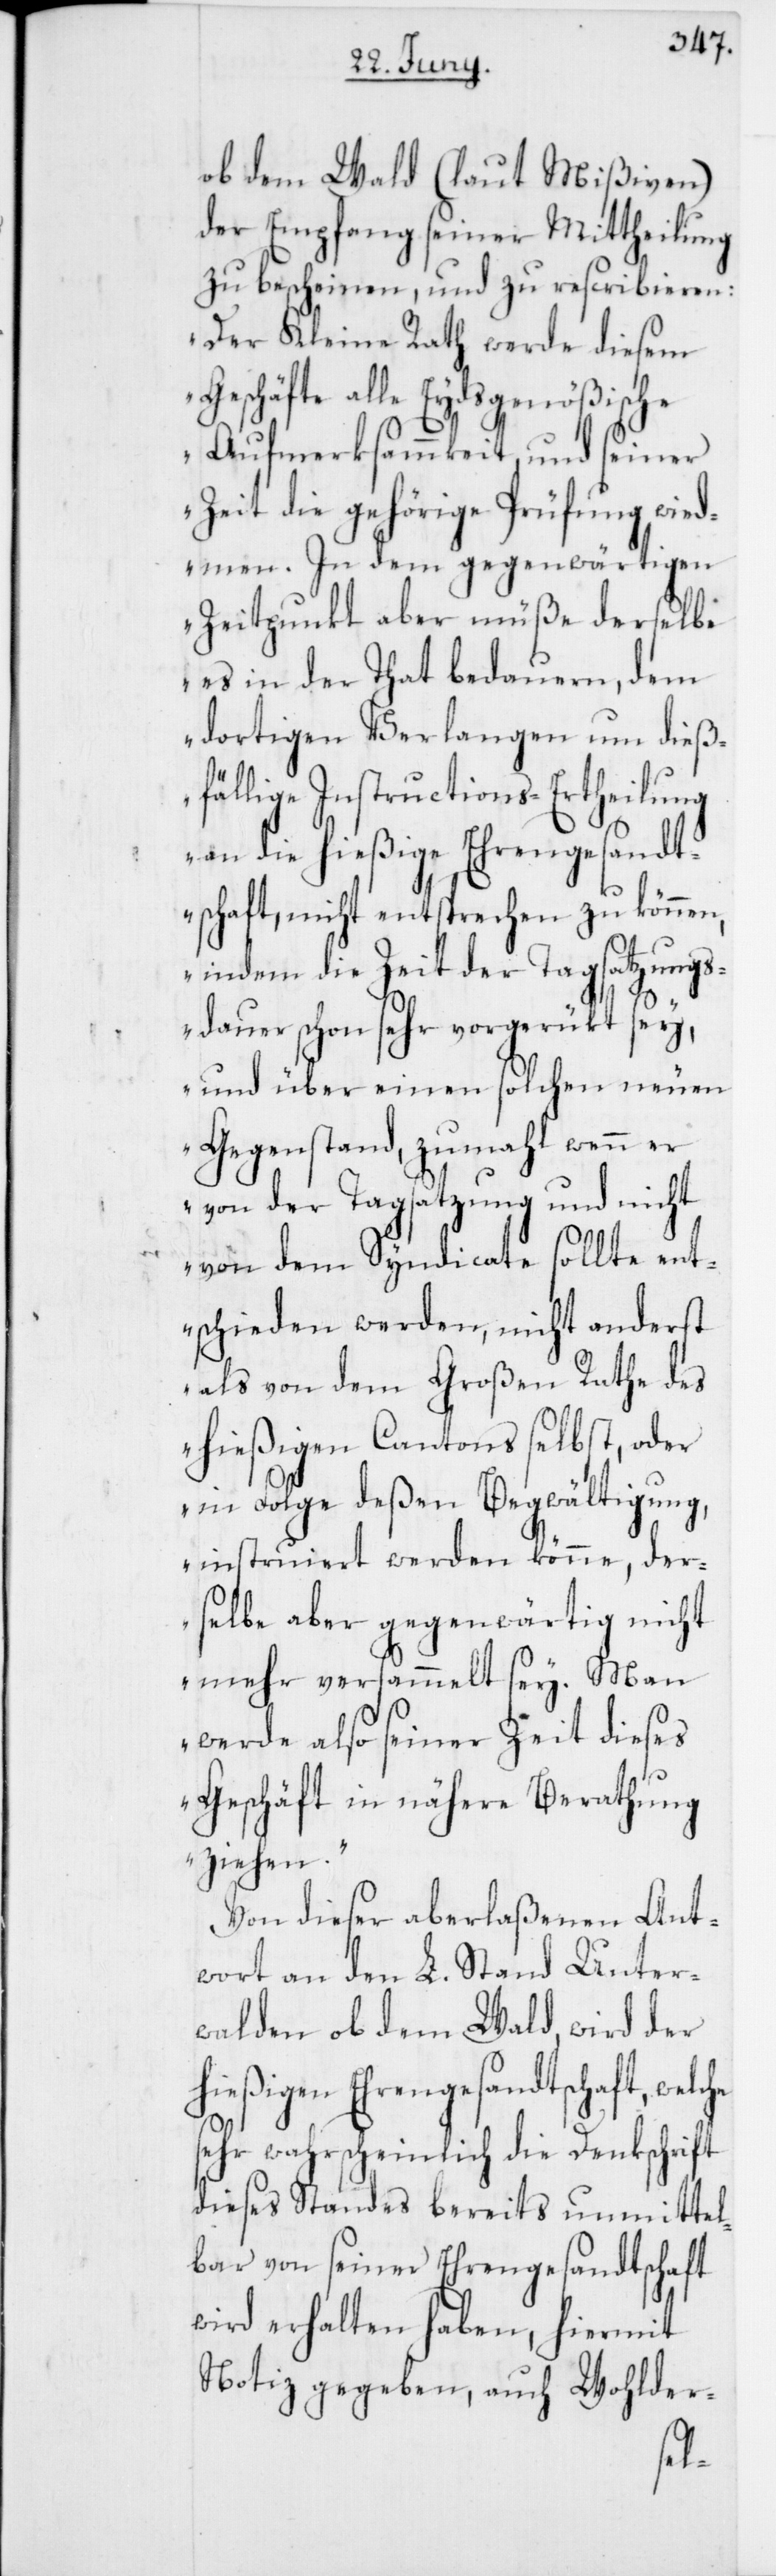
ob dem Wald (laut Mißiven)
der Empfang seiner Mittheilung
zu bescheinen, und zu rescribieren:
„Der Kleine Rath werde diesem
Geschäfte alle Eydsgenößische
Aufmerksammkeit, und seiner
Zeit die gehörige Prüfung wied¬
men. In dem gegenwärtigen
Zeitpunkt aber müße derselbe
es in der That bedauern, dem
dortigen Verlangen um dieß¬
fällige Instructions-Ertheilung
an die hießige Ehrengesandt¬
schaft nicht entsprechen zu können,
indem die Zeit der Tagsatzungs¬
dauer schon sehr vorgerükt sey,
und über einen solchen neuen
Gegenstand, zumahl wenn er
von der Tagsatzung und nicht
von dem Syndicat sollte ent¬
schieden werden, nicht anderst
als von dem Großen Rathe des
hießigen Cantons selbst, oder
in Folge deßen Begwältigung,
instruiert werden könne, der¬
selbe aber gegenwärtig nicht
mehr versammelt sey. Man
werde also seiner Zeit dieses
Geschäft in nähere Berathung
ziehen.“
Von dieser aberlaßenen Ant¬
wort an den L. Stand Unter¬
walden ob dem Wald, wird der
hießigen Ehrengesandtschaft, welc¬
sehr wahrscheinlich die Denkschrift
dieses Standes bereits unmittel¬
bar von seiner Ehrengesandtschaft
wird erhalten haben, hiermit
Notiz gegeben, auch Wohlder-
he